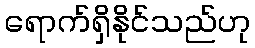
ရောက်ရှိနိုင်သည်ဟု